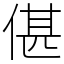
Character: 偡